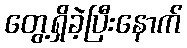
တွေ့ရှိခဲ့ပြီးနောက်